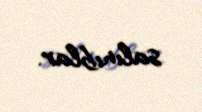
salınıblar.